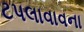
ટપલાવાવના